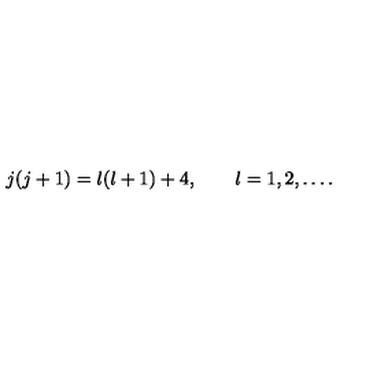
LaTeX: j ( j + 1 ) = l ( l + 1 ) + 4 , \qquad l = 1 , 2 , \ldots .